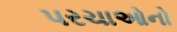
પરચાઓનો